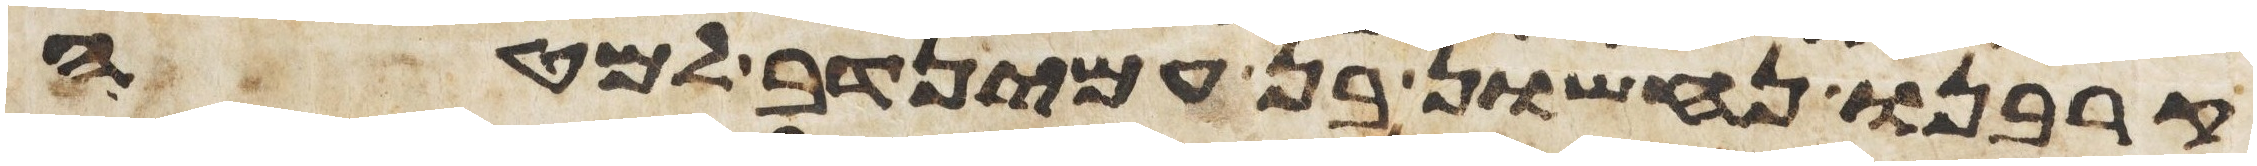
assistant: קרבנו נחשון בן עמינדב למטה